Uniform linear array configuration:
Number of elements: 32
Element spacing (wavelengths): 0.5
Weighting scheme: hamming
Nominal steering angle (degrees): -15
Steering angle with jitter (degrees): -16.323
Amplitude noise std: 0.05
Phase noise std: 0.05

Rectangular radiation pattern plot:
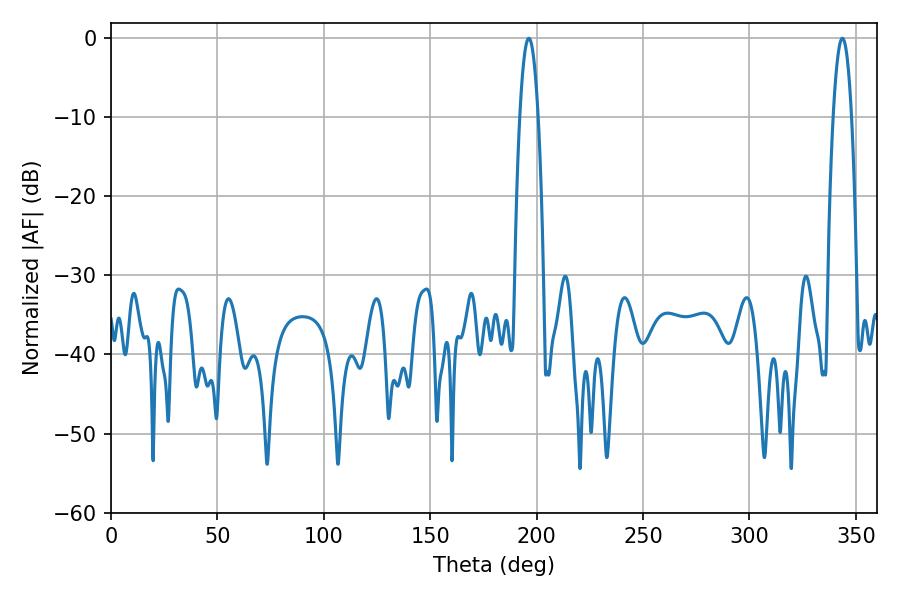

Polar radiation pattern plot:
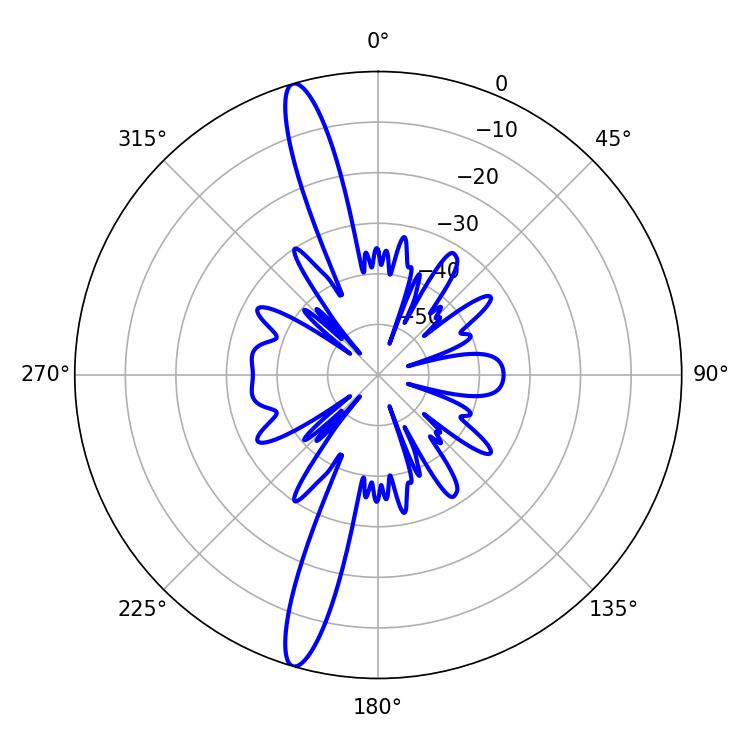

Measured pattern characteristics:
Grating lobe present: FALSE
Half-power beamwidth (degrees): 4.68
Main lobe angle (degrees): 196.38